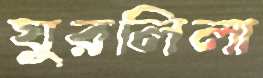
ঘুরলিলা